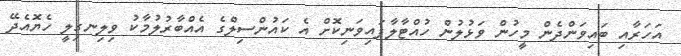
އަހަރާއި ބައިވަންދެން މީހުން ވަޅުލުން ހުއްޓާލާފައިވަނިކޮށް އެ ކައުންސިލްގެ އެއްބާރުލުމާކު ވިލިނގިލީ ހެޔޮއެދޭ